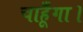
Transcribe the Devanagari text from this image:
चाहूँगा।